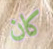
كان